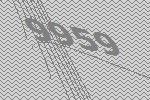
9959